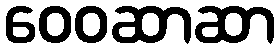
ဝေဝဆာဆာ